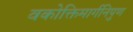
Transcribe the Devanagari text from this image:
वकोक्तिमार्गनिपुण